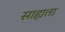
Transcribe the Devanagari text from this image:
साह्यता